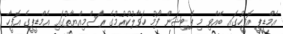
އެމްޑީޕީ އޮފީހުގައި ބޭއްވި މި ޕެޓިޝަން ފޯމު ހަވާލުކުރުމުގެ ރަސްމިއްޔާތުގައި އެމްޑީޕީގެ އޮފީހާ